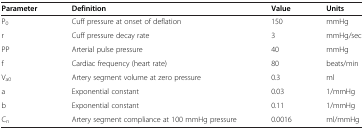
<table><thead><tr><td><b>Parameter</b></td><td><b>Definition</b></td><td><b>Value</b></td><td><b>Units</b></td></tr></thead><tbody><tr><td>P<sub>0</sub></td><td>Cuff pressure at onset of deflation</td><td>150</td><td>mmHg</td></tr><tr><td>r</td><td>Cuff pressure decay rate</td><td>3</td><td>mmHg/sec</td></tr><tr><td>PP</td><td>Arterial pulse pressure</td><td>40</td><td>mmHg</td></tr><tr><td>f</td><td>Cardiac frequency (heart rate)</td><td>80</td><td>beats/min</td></tr><tr><td>V<sub>a0</sub></td><td>Artery segment volume at zero pressure</td><td>0.3</td><td>ml</td></tr><tr><td>a</td><td>Exponential constant</td><td>0.03</td><td>1/mmHg</td></tr><tr><td>b</td><td>Exponential constant</td><td>0.11</td><td>1/mmHg</td></tr><tr><td>C<sub>n</sub></td><td>Artery segment compliance at 100 mmHg pressure</td><td>0.0016</td><td>ml/mmHg</td></tr></tbody></table>